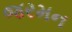
જરમન